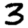
Digit: 3